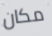
مكان